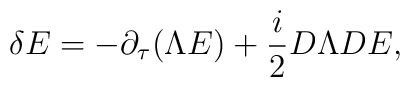
\delta E=-\partial_\tau(\Lambda E) + {i\over 2}D\Lambda DE,